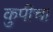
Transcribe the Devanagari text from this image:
कुपीचा